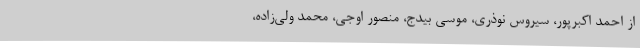
از احمد اکبرپور، سیروس نوذری، موسی بیدج، منصور اوجی، محمد ولی‌زاده،